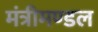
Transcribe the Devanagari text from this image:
मंत्रीमण्‍डल